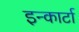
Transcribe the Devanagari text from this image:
इन्कार्टा